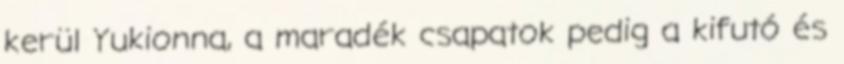
kerül Yukionna, a maradék csapatok pedig a kifutó és